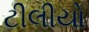
ટીલીયો